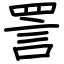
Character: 詈